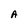
Character: A